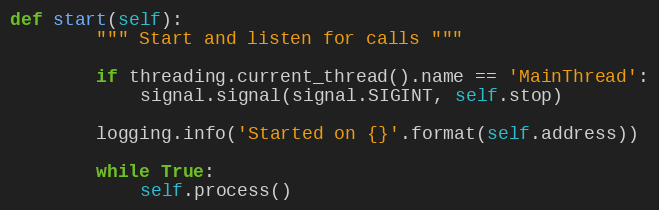
Language: Python
def start(self):
        """ Start and listen for calls """

        if threading.current_thread().name == 'MainThread':
            signal.signal(signal.SIGINT, self.stop)

        logging.info('Started on {}'.format(self.address))

        while True:
            self.process()